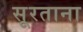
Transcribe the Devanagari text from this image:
सूरताना